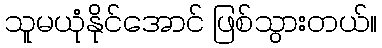
သူမယုံနိုင်အောင် ဖြစ်သွားတယ်။